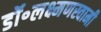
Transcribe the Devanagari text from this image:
डॉ॰लक्ष्मणस्वामी